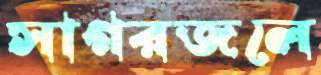
সাগরজলে